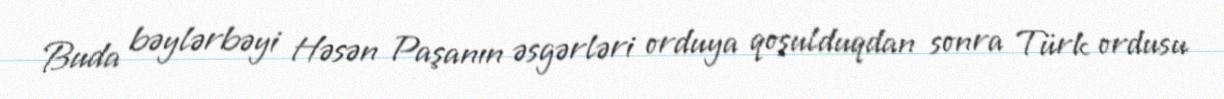
Buda bəylərbəyi Həsən Paşanın əsgərləri orduya qoşulduqdan sonra Türk ordusu